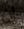
إن